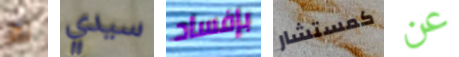
لم سيدي بإفساد كمستشار عن